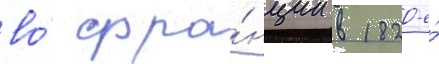
во́ фра́нции в 1820-е́